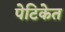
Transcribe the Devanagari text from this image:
पेटिकेत